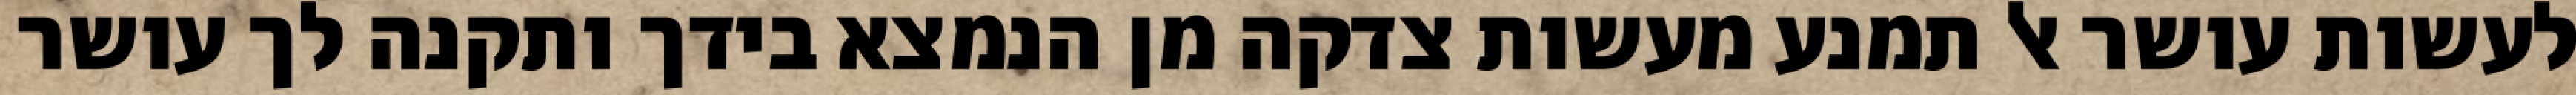
לעשות עושר אל תמנע מעשות צדקה מן הנמצא בידך ותקנה לך עושר